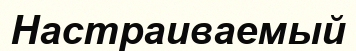
Настраиваемый